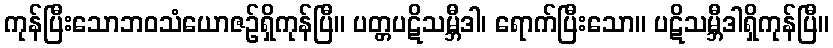
ကုန်ပြီးသောဘဝသံယောဇဉ်ရှိကုန်ပြီ။ ပတ္တပဋိသမ္ဘီဒါ၊ ရောက်ပြီးသော။ ပဋိသမ္ဘီဒါရှိကုန်ပြီ။